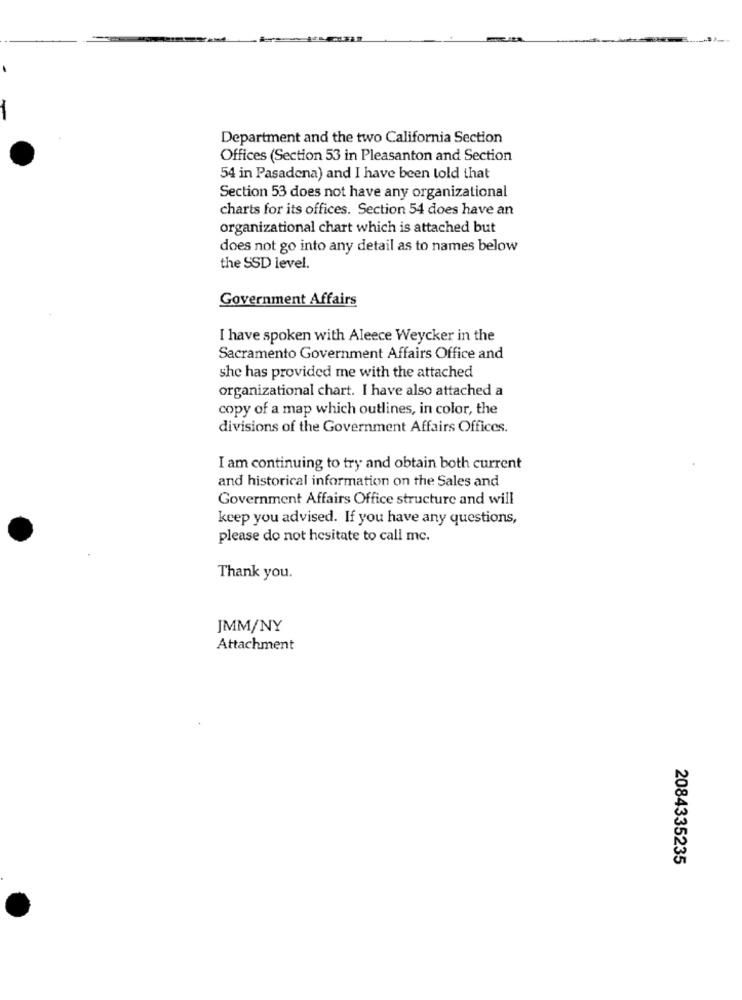
Department and the two California Section
Offices (Section 53 in Pleasanton and Section
54 in Pasadena) and I have been told that
Section 53 does not have any organizational
charts for its offices. Section 54 does have an
organizational chart which is attached but
does not go into any detail as to names below
the SSD level.
Government Affairs
I have spoken with Aleece Weycker in the
Sacramento Government Affairs Office and
she has provided me with the attached
organizational chart. I have also attached a
copy of a map which outlines, in color, the
divisions of the Government Affairs Offices.
I am continuing to try and obtain both current
and historical information on the Sales and
Government Affairs Office structure and will
keep you advised. If you have any questions,
please do not hesitate to call mc.
Thank you.
JMM/NY
Attachment
2084335235